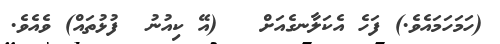
(ހަމަހަމައެވެ.) ފަހެ އެކަލާނގެއަށް   (އޭ ކިއުނު  ފުޅުތައް) ވެއެވެ.